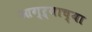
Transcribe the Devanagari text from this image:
आग्ऱ्याच्या